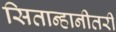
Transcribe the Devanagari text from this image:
सितान्हानीतरी